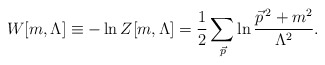
\begin{align*}W[m,\Lambda] \equiv -\ln Z[m,\Lambda] ={1\over2}\sum_{{\vec p}}\ln{{{\vec p}}^{\,2}+m^2\over\Lambda^2}.\end{align*}